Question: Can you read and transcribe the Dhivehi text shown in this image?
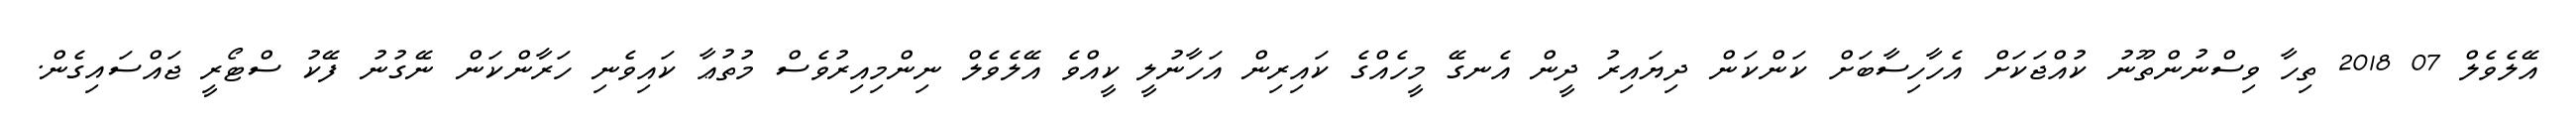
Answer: އޭލެވެލް 07 2018 ތިހާ ވިސްނުންތޫނު ކުއްޖަކަށް އެހާހިސާބަށް ކަންކަން ދިޔައިރު ދީން އެނގޭ މީހެއްގެ ކައިރިން އަހާނުލީ ކީއްވެ އޭލެވެލް ނިންމިއިރުވެސް މުތުޢާ ކައިވެނި ހަރާންކަން ނޭގުނު ފޭކު ސްޓޯރީ ޖައްސައިގެން.